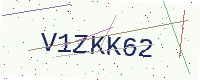
Text: V1ZKK62